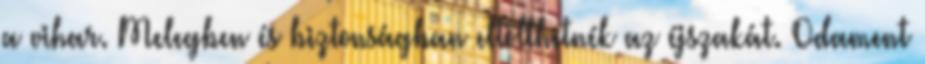
a vihar. Melegben és biztonságban eltölthetnék az éjszakát. Odament